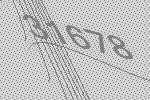
31678